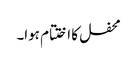
محفل کا اختتام ہوا۔